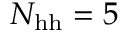
N _ { \mathrm { h h } } = 5